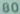
60